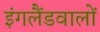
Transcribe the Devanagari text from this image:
इंगलैंडवालों